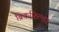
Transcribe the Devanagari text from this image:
ब्रिकफिल्डर